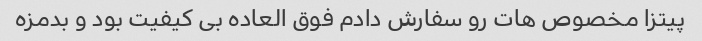
پیتزا مخصوص هات رو سفارش دادم فوق العاده بی کیفیت بود و بدمزه